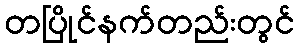
တပြိုင်နက်တည်းတွင်